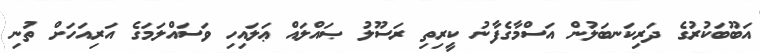
އަބޫބަކުރުގެ ދަރިކަނބަލުން އަސްމާގެފާނު ކީރިތި ރަސޫލު ޞައްލައް ޢަލައިހި ވަސައްލަމަގެ އަރިއަހަށް ތުނި